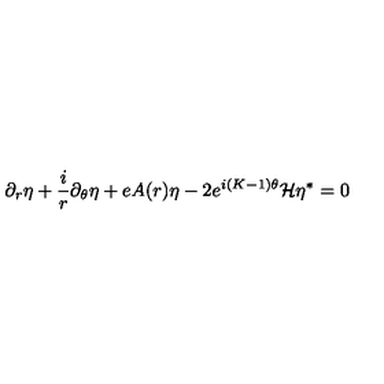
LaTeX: \partial _ { r } \eta + \frac { i } { r } \partial _ { \theta } \eta + e A ( r ) \eta - 2 e ^ { i ( K - 1 ) \theta } { \cal { H } } \eta ^ { * } = 0